Regulations for the medical services of the Army of India
Year: 1930
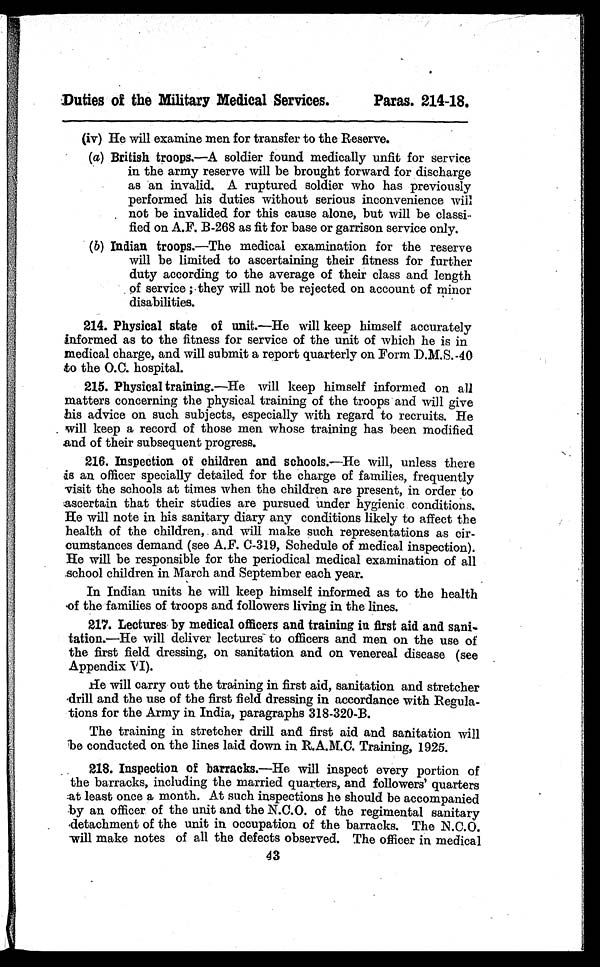
Duties of the Military Medical Services.
Parkas. 214-18.
(iv) He will examine men for transfer to the Reserve.
(a) British troops.—A soldier found medically unfit for service
in the army reserve will be brought forward for discharge
as an invalid. A ruptured soldier who has previously
performed his duties without serious inconvenience will
not be invalided for this cause alone, but will be
classi-
fled on A.F. B-268 as fit for base or garrison service only.
(b) Indian troops.—The medical examination for the reserve
w i l l
(c)
be limited to ascertaining their fitness for further
duty according to the average of their class and length
of service; they will not be rejected on account of minor
disabilities.
214. Physical state of unit.—He will keep himself accurately
informed as to the fitness for service of the unit of which he is in
medical charge, and will submit a report quarterly on Form D.M.S.-40
to the O.C. hospital.
215. Physical training.—He will keep himself informed on all
matters concerning the physical training of the troops and will give
his advice on such subjects, especially with regard to recruits. He
will keep a record of those men whose training has been modified
and of their subsequent progress.
216. Inspection of children and schools.—He will, unless there
is an officer specially detailed for the charge of families, frequently
visit the schools at times when the children are present, in order to
ascertain that their studies are pursued under hygienic conditions.
He will note in his sanitary diary any conditions likely to affect the
health of the children, and will make such representations as cir--
cumstances demand (see A.F. C-319, Schedule of medical inspection).
He will be responsible for the periodical medical examination of all
school children in March and September each year.
In Indian units he will keep himself informed as to the health
of the families of troops and followers living in the lines.
217. Lectures by medical officers and training in first aid and sani-
tation.—He will deliver lectures to officers and men on the use of
the first field dressing, on sanitation and on venereal disease (see
Appendix VI).
He will carry out the training in first aid, sanitation and stretcher
drill and the use of the first field dressing in accordance with Regula
- t i o n s f o r t h e A r m y i n I n d i a , p a r a g r a p h s 3 1 8 - 3 2 0 - B .
The training in stretcher drill and first aid and sanitation will
be conducted on the lines laid down in R.A.M.C. Training, 1925.
218. Inspection of barracks.—He will inspect every portion of
the barracks, including the married quarters, and followers' quarters
:at least once a month. At such inspections he should be accompanied
by an officer of the unit and the N.C.O. of the regimental sanitary
detachment of the unit in occupation of the barracks. The
N . C . O . w i l l m a k e n o t e s o f a l l t h e d e f e c t s o b s e r v e d . T h e o f f i c e r i n m e d i c a l
43